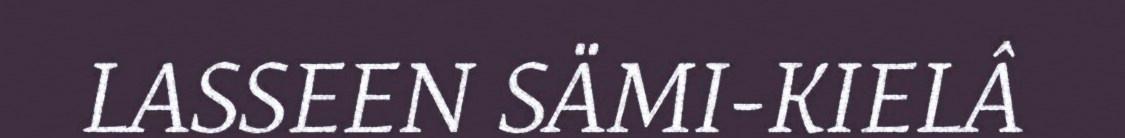
LASSEEN SÄMI-KIELÂ